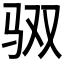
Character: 𮹃